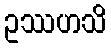
ဥဿဟသိ